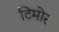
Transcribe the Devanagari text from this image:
टिमोर